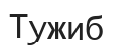
Тужиб